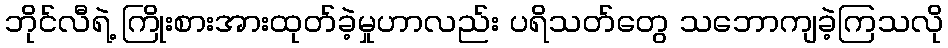
ဘိုင်လီရဲ့ ကြိုးစားအားထုတ်ခဲ့မှုဟာလည်း ပရိသတ်တွေ သဘောကျခဲ့ကြသလို